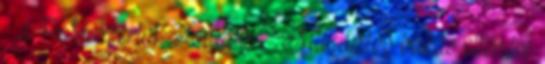
– a PM szerint. Tovább › ›Milliárdos bukás ellenére